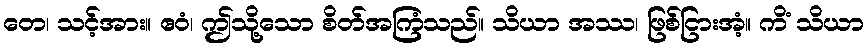
တေ၊ သင့်အား။ ဧဝံ၊ ဤသို့သော စိတ်အကြံသည်။ သိယာ အဿ၊ ဖြစ်ငြားအံ့။ ကိံ သိယာ